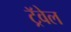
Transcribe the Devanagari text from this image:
ट्रॅवेल